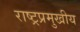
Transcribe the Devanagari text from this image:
राष्ट्रप्रमुखीय